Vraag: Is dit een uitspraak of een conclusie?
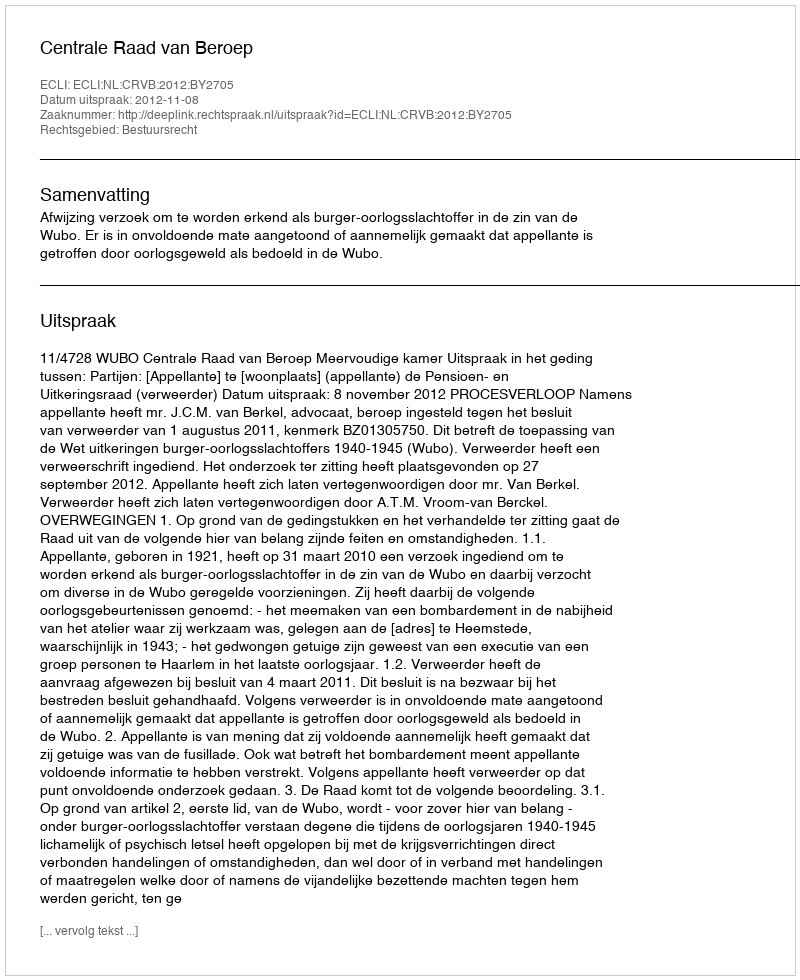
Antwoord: Uitspraak